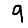
Digit: 9